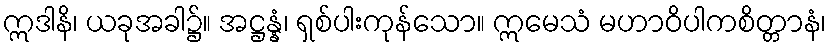
ဣဒါနိ၊ ယခုအခါ၌။ အဋ္ဌန္နံ၊ ရှစ်ပါးကုန်သော။ ဣမေသံ မဟာဝိပါကစိတ္တာနံ၊